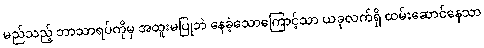
မည်သည့် ဘာသာရပ်ကိုမှ အထူးမပြုဘဲ နေခဲ့သောကြောင့်သာ ယခုလက်ရှိ ထမ်းဆောင်နေသာ